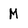
Character: M